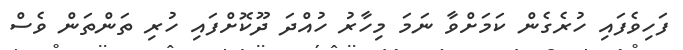
ފަހިވެފައި ހުރެގެން ކަމަށްވާ ނަމަ މިހާރު ހުއްދަ ދޫކޮށްފައި ހުރި ތަންތަން ވެސް